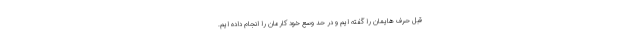
قبل حرف هایمان را گفته ایم و در حدّ وسع خود کارمان را انجام داده ایم.